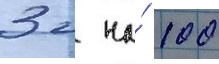
3 г на́ 100